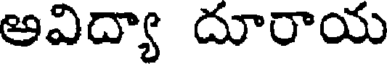
అవిద్యా దూరాయ